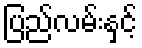
ပြည်လမ်းနှင့်